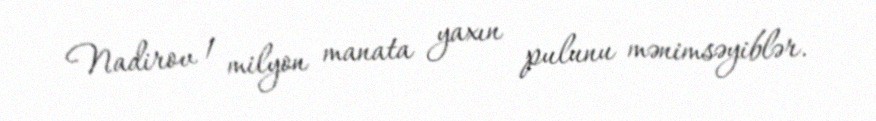
Nadirov 1 milyon manata yaxın pulunu mənimsəyiblər.